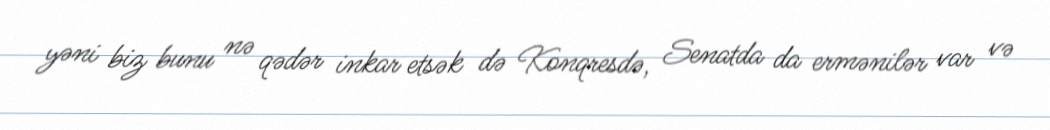
yəni biz bunu nə qədər inkar etsək də Konqresdə, Senatda da ermənilər var və